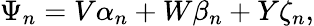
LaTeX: \Psi_{n}=V\alpha_{n}+W\beta_{n}+Y\zeta_{n},